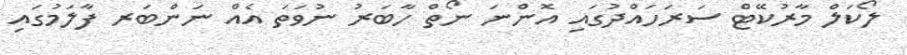
ލޯކަލް މާރުކޭޓް ސަރަހައްދުގައި އޮންނަ ނޯތް ހާބަރު ނުވަތަ އެއް ނަންބަރ ފާލަމުގައި